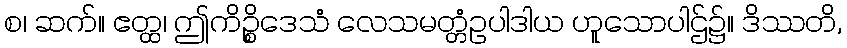
စ၊ ဆက်။ ဧတ္ထ၊ ဤကိဉ္စိဒေသံ လေသမတ္တံဥပါဒါယ ဟူသောပါဌ်၌။ ဒိဿတိ,